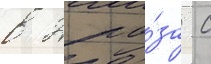
в 2 ра́за с